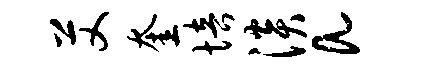
艾奎培淡a